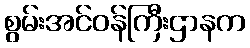
စွမ်းအင်ဝန်ကြီးဌာနက